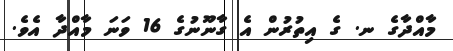
މާއްދާގެ ނ. ގެ އިތުރުން އެ ގާނޫނުގެ 16 ވަނަ މާއްދާ އެވެ.